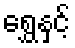
ရွှေနှင့်